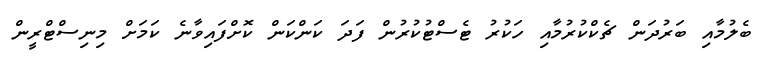
ބެލުމާއި ބަރުދަން ޗެކްކުރުމާއި ހަކުރު ޓެސްޓުކުރުން ފަދަ ކަންކަން ކޮށްފައިވާނެ ކަމަށް މިނިސްޓްރީން